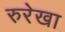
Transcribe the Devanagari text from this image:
रुरेखा